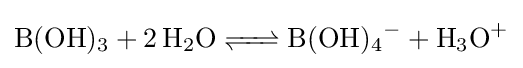
{\ce {B(OH)3 + 2 H2O <=> B(OH)4- + H3O+}}